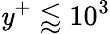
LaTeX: \mathit{y}^{+}\lessapprox10^{3}